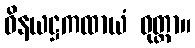
ဝိနယဋ္ဌကထာယံ ဝုတ္တာ။